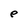
Character: e